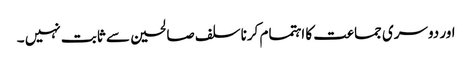
اور دوسری جماعت کا اہتمام کرنا سلف صالحین سے ثابت نہیں ۔